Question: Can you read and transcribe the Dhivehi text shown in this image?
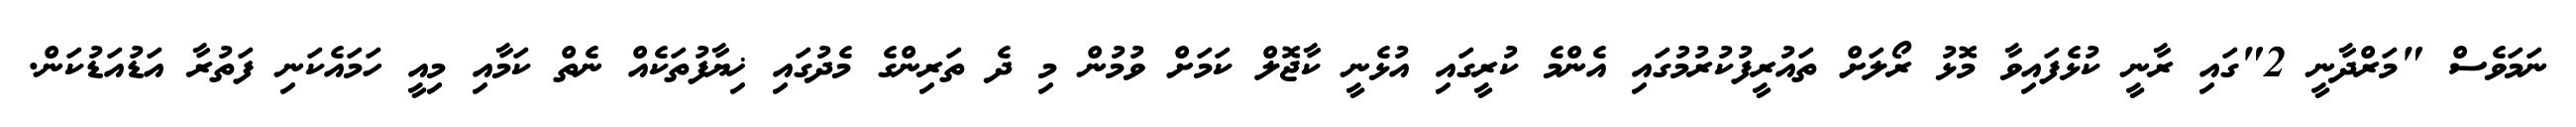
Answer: ނަމަވެސް "މަރްދާނީ 2"ގައި ރާނީ ކުޅެފައިވާ މޮޅު ރޯލަށް ތައުރީފުކުރުމުގައި އެންމެ ކުރީގައި އުޅެނީ ކާޖޮލް ކަމަށް ވުމުން މި ދެ ތަރިންގެ މެދުގައި ޚިޔާފުތަކެއް ނެތް ކަމާއި މިއީ ހަމައެކަނި ފަތުރާ އަޑުއަޑުކަން.